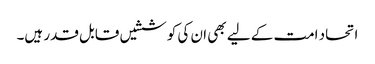
اتحاد امت کے لیے بھی ان کی کوششیں قابل قدر ہیں۔